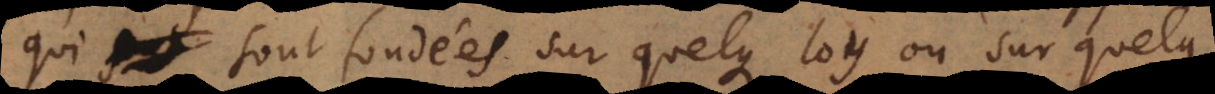
qui sont fondées sur quelque loy ou sur quelque